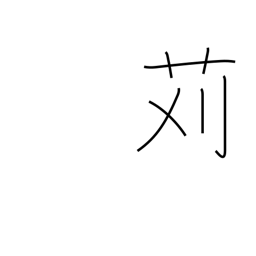
Meaning: cutting (grass)